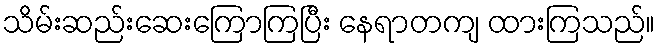
သိမ်းဆည်းဆေးကြောကြပြီး နေရာတကျ ထားကြသည်။